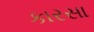
કારસા